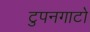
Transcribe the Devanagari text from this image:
टुपनगाटो